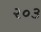
૨૦૩